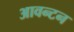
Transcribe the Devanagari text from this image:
आवन्टन